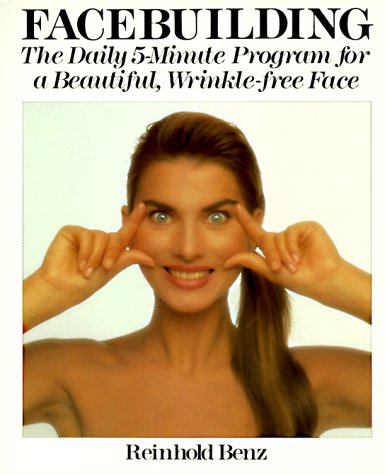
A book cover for Facebuilding: The Daily 5-Minute Program for a Beautiful, Wrinkle-Free Face; Reinhold Benz; Health, Fitness & Dieting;